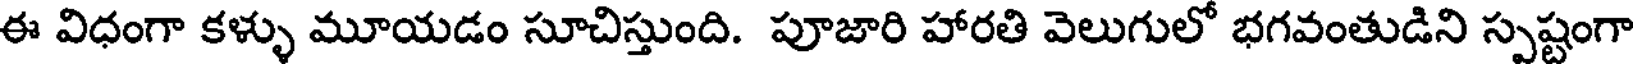
ఈ విధంగా కళ్ళు మూయడం సూచిస్తుంది. పూజారి హారతి వెలుగులో భగవంతుడిని స్పష్టంగా